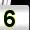
Digit: 5